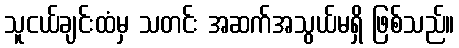
သူငယ်ချင်းထံမှ သတင်း အဆက်အသွယ်မရှိ ဖြစ်သည်။